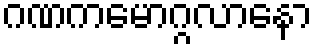
ဂဏကမောဂ္ဂလာနော